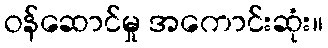
ဝန်ဆောင်မှု အကောင်းဆုံး။